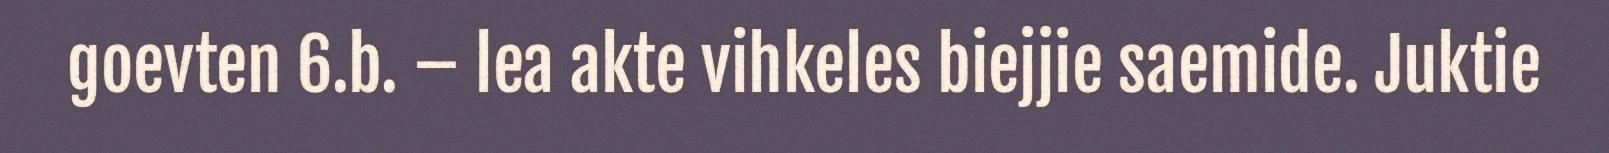
goevten 6.b. – lea akte vihkeles biejjie saemide. Juktie